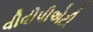
વીવીપીએટી